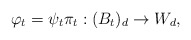
\begin{align*}\varphi_t = \psi_t \pi_t : (B_t)_d \to W_d,\end{align*}